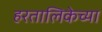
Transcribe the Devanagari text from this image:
हरतालिकेच्या